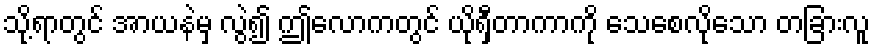
သို့ရာတွင် အာယနဲမှ လွဲ၍ ဤလောကတွင် ယိုရှီတာကာကို သေစေလိုသော တခြားလူ